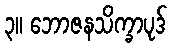
၃။ ဘောဇနသိက္ခာပုဒ်